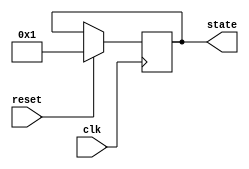
module PreConfiguredStateInitialization (
    input wire clk,         // Clock signal
    input wire reset,       // Reset signal (active-high)
    output reg [3:0] state  // State output (4-bit state for example)
);

// Predefined state value (example: state '2'b00')
parameter PREDEFINED_STATE = 4'b0001; // Example predefined state

// Synchronous process for state initialization
always @(posedge clk) begin
    if (reset) begin
        // Initialize state to predefined value on reset
        state <= PREDEFINED_STATE;
    end
    // Normal operation state transition logic would go here
    // else begin
    //     // State transition logic based on other inputs
    // end
end

endmodule